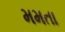
મમતા